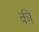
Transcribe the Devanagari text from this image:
की